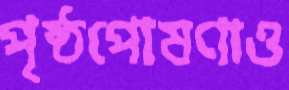
পৃষ্ঠপোষণাও